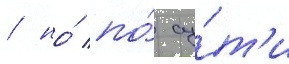
/ но́ по́ су́т'и